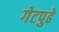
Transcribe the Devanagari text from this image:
गेटपुढे